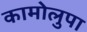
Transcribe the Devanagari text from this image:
कामोलुपा